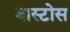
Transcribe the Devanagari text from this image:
बास्टोस